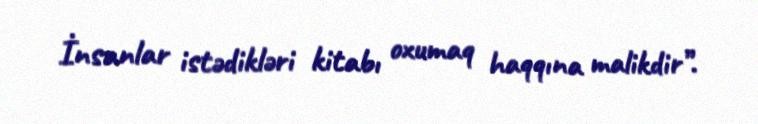
İnsanlar istədikləri kitabı oxumaq haqqına malikdir”.